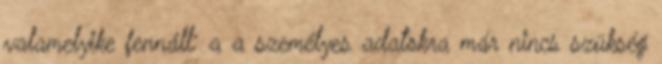
valamelyike fennáll: a a személyes adatokra már nincs szükség